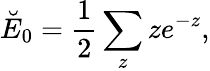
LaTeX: \breve{E}_{0}=\frac 12\sum_{z}ze^{-z},